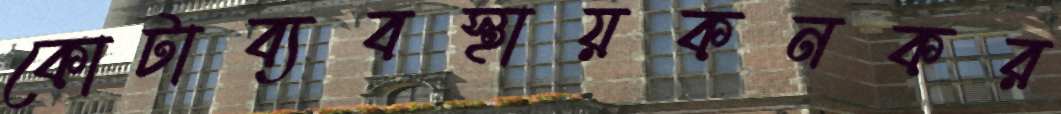
কোটাব্যবস্থায়কনকর